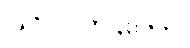
ယာဝတိကော